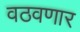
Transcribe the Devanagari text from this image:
वठवणार